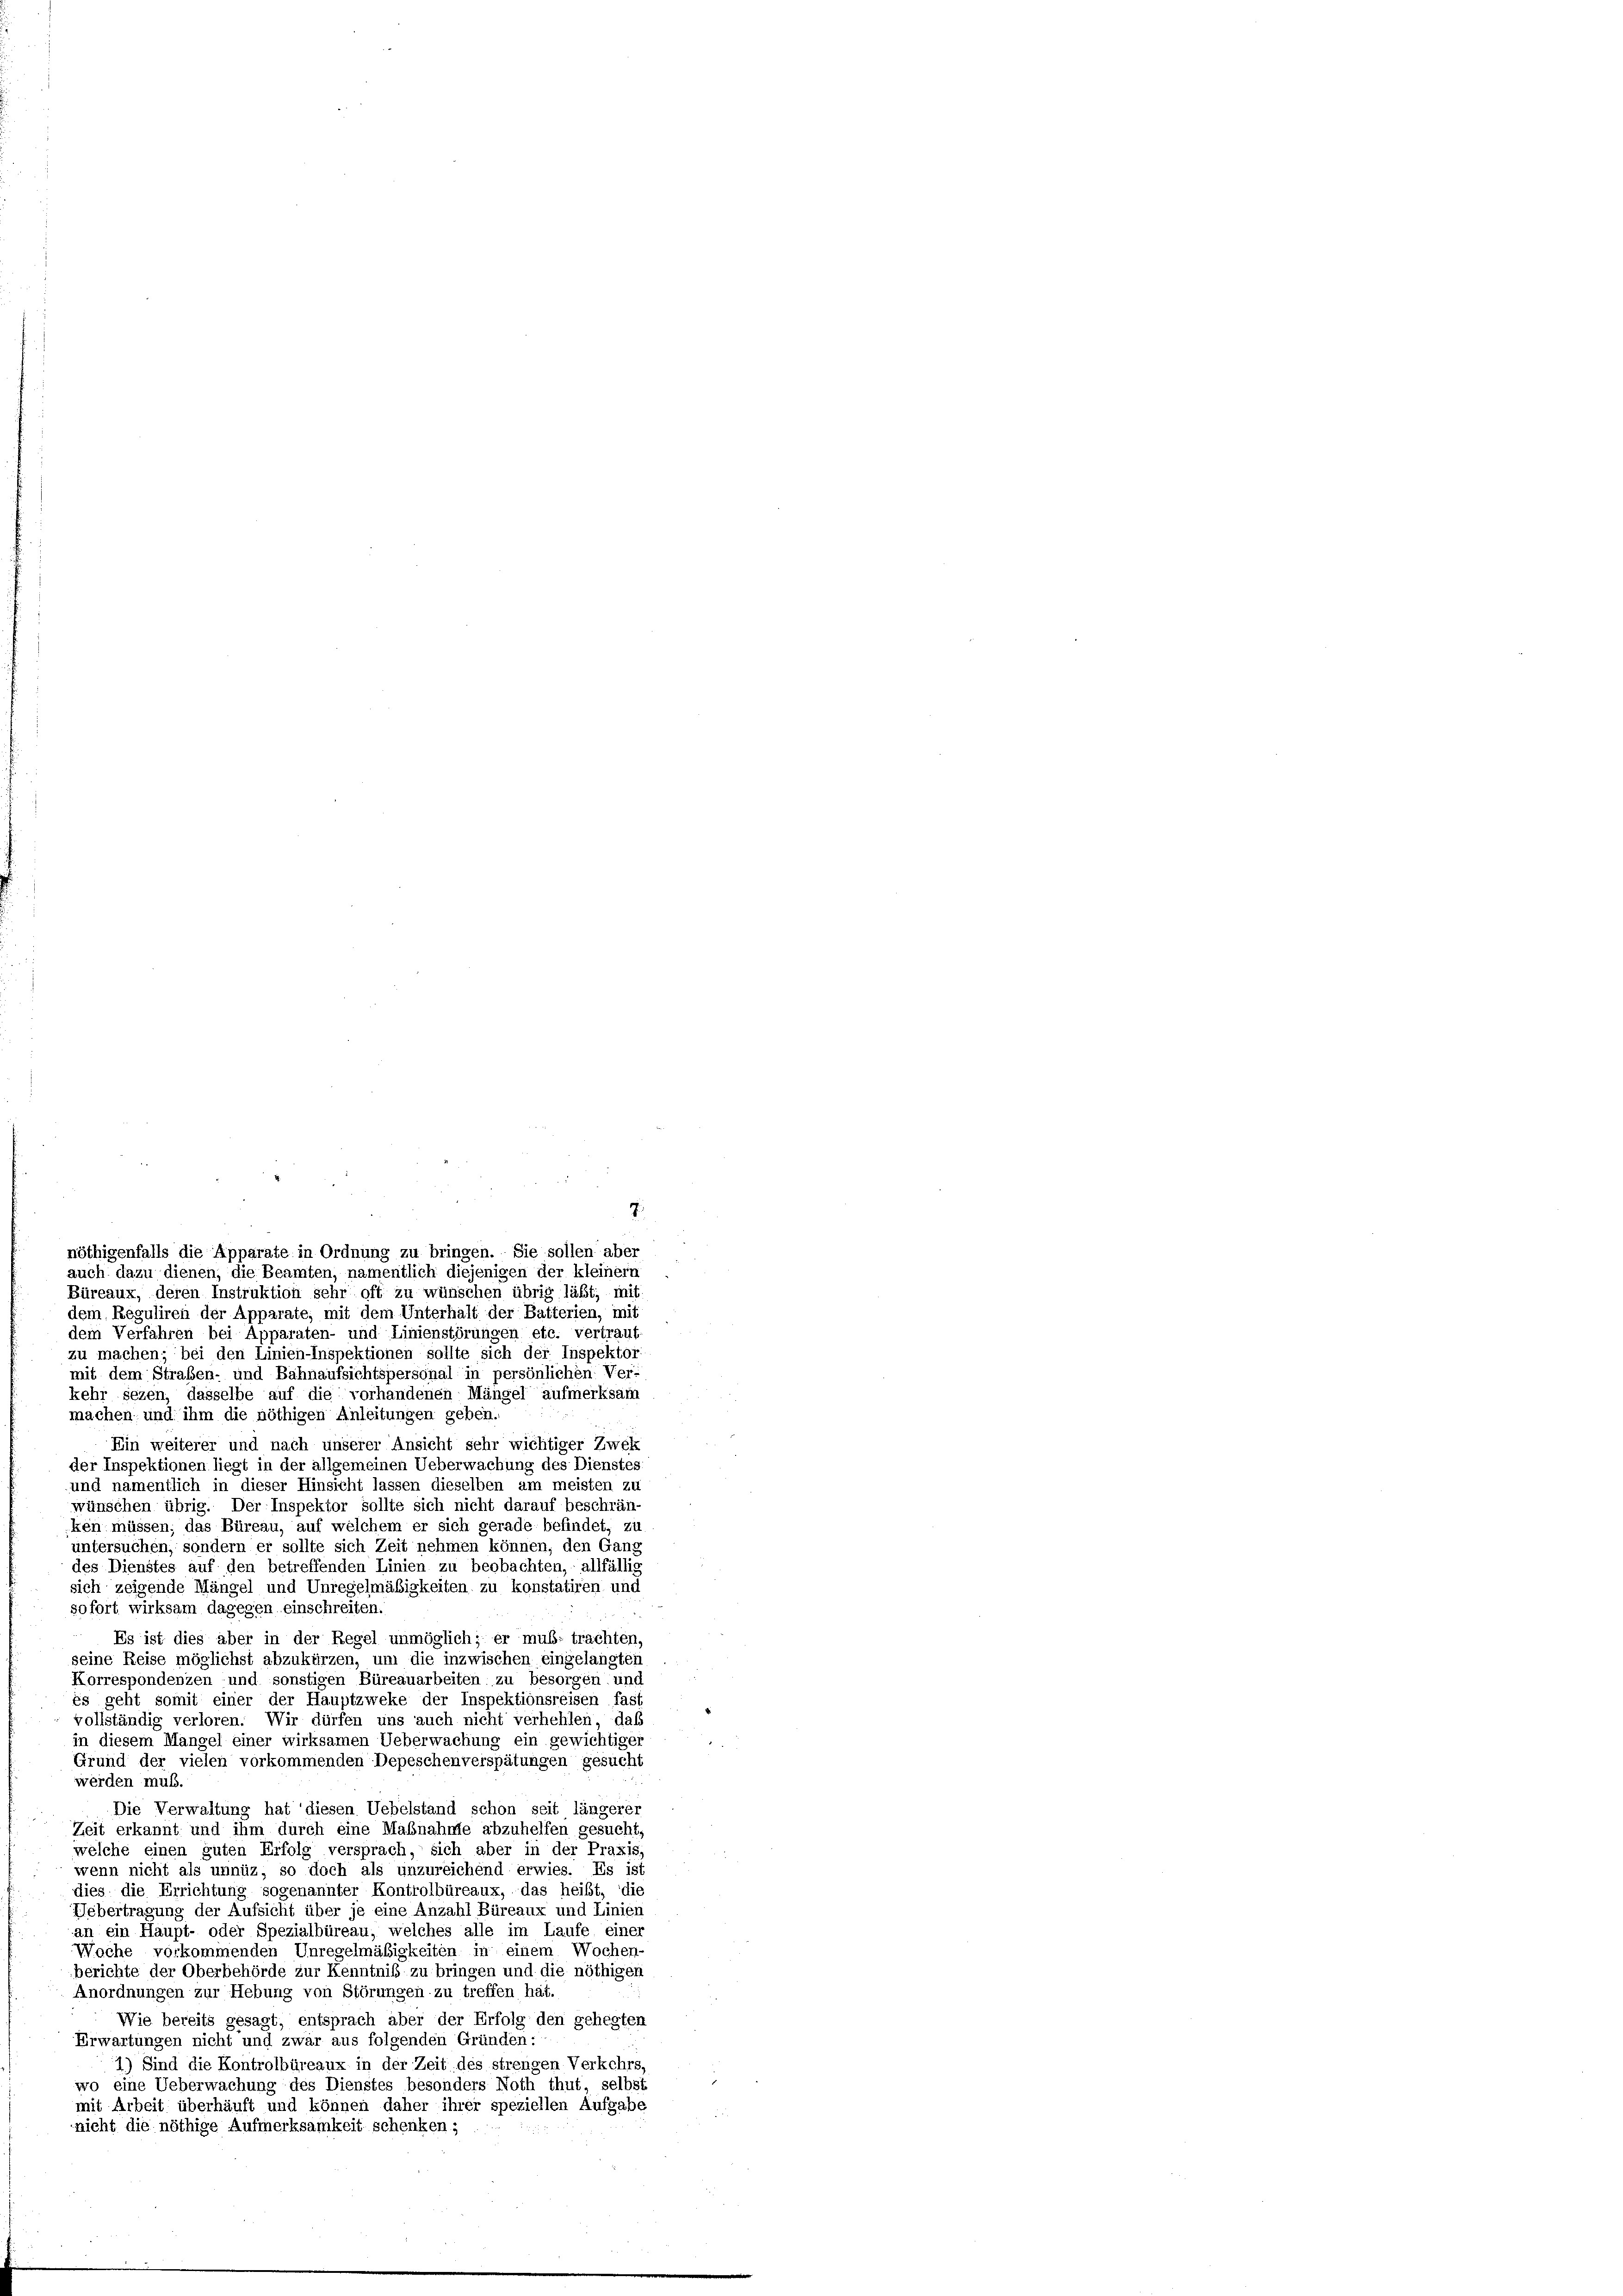
Büreaux, deren Instruktion sehr oft zu wünschen übrig läßt; mit
dem Reguliren der Apparate, mit dem Unterhalt der Batterien, mit
dem Verfahren bei Apparaten- und Linienstörungen etc. vertraut
zu machen; bei den Linien-Inspektionen sollte sich der Inspektor
mit dem Straßen- und Bahnaufsichtspersonal in persönlichen Ver-
kehr sezen, dasselbe auf die vorhandenen Mängel aufmerksam
machen und ihm die nöthigen Anleitungen geben.
Ein weiterer und nach unserer Ansicht sehr wichtiger Zwek
der Inspektionen liegt in der allgemeinen Ueberwachung des Dienstes.
und namentlich in dieser Hinsicht lassen dieselben am meisten zu
wünschen übrig. Der Inspektor sollte sich nicht darauf beschrän-
ken müssen; das Büreau, auf welchem er sich gerade befindet, zu
untersuchen, sondern er sollte sich Zeit nehmen können, den Gang
des Dienstes auf den betreffenden Linien zu beobachten, allfällig
sich zeigende Mängel und Unregelmäßigkeiten zu konstatiren, und
sofort wirksam dagegen einschreiten.
Es ist dies aber in der Regel unmöglich; er muß: trachten,
seine Reise möglichst abzukürzen, um die inzwischen eingelangten
Korrespondenzen und sonstigen Büreauarbeiten zu besorgen, und
es geht somit einer der Hauptzweke der Inspektionsreisen fast
vollständig verloren. Wir dürfen uns auch nicht verhehlen, daß
in diesem Mangel einer wirksamen Ueberwachung ein gewichtigen
Grund der vielen vorkommenden Depeschenverspätungen gesucht
werden muß.
Die Verwaltung hat diesen Uebelstand schon seit längerer
Zeit erkannt und ihm durch eine Maßnahme abzuhelfen gesucht,
welche einen guten Erfolg versprach, sich aber in der Praxis
wenn nicht als unnüz, so doch als unzureichend erwies. Es ist
dies die Errichtung sogenannter Kontrolbüreaux, das heißt, die
Uebertragung der Aufsicht über je eine Anzahl Büreaux und Linien
an ein Haupt- oder Spezialbüreau, welches alle im Laufe einer
Woche vorkommenden Unregelmäßigkeiten in einem Wochen-
berichte der Oberbehörde zur Kenntniß zu bringen und die nöthigen
Anordnungen zur Hebung von Störungen zu treffen hat.
Wie bereits gesagt, entsprach aber der Erfolg den gehegten
Erwartungen nicht und zwar aus folgenden Gründen:
1) Sind die Kontrolbüreaux in der Zeit des strengen Verkehrs-
wo eine Ueberwachung des Dienstes besonders Noth thut, selbst
mit Arbeit überhäuft und können daher ihrer speziellen Aufgabe
nicht die nöthige Aufmerksamkeit schenken;

nöthigenfalls die Apparate in Ordnung zu bringen. Sie sollen aber
auch dazu dienen, die Beamten, namentlich diejenigen der kleiner